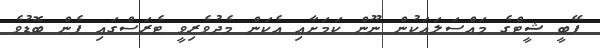
ފޭބީ ޝީޓްގެ މައްސަލައަކުން ނޫން ކަމަށާއި އެކަން މެދުވެރިވީ ޓެރަސްގައި ފެން ބޮޑުވެ